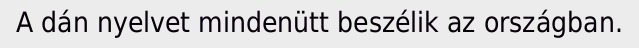
A dán nyelvet mindenütt beszélik az országban.